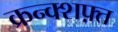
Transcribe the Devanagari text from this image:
क्रन्क्शफ़्त